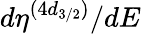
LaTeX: {d\eta^{(4d_{3/2})}}/{dE}